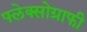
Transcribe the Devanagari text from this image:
फ्लेक्सोग्राफी